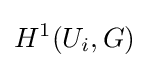
H^{1}(U_{i},G)